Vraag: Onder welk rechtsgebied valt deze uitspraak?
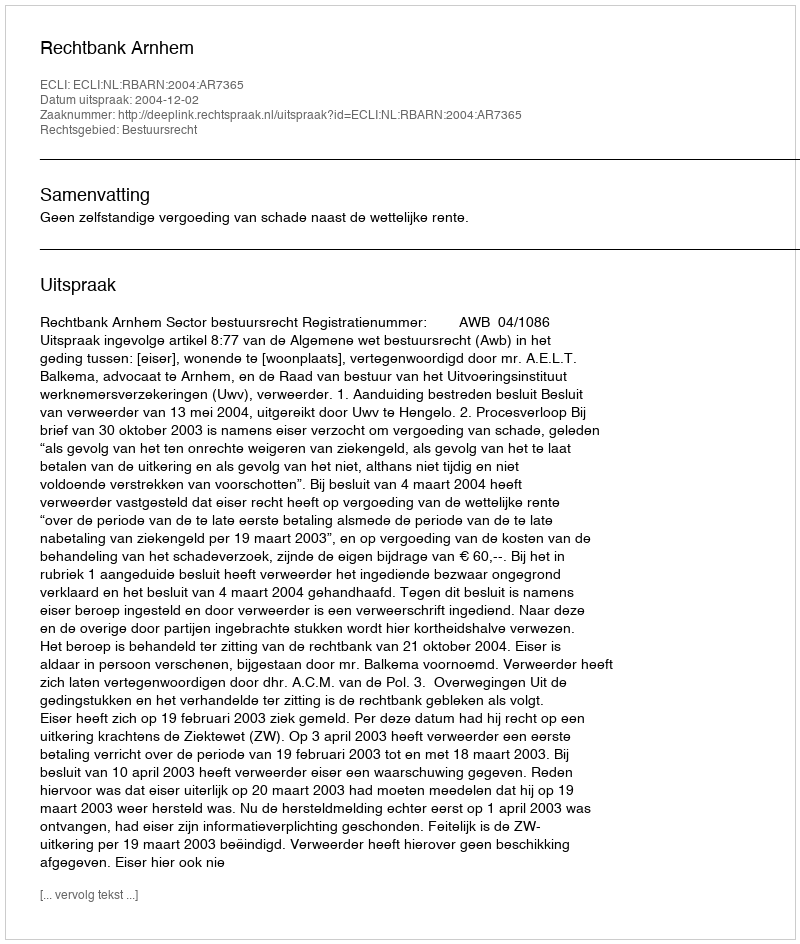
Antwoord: Bestuursrecht